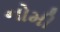
નોમી